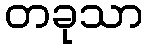
တခုသာ